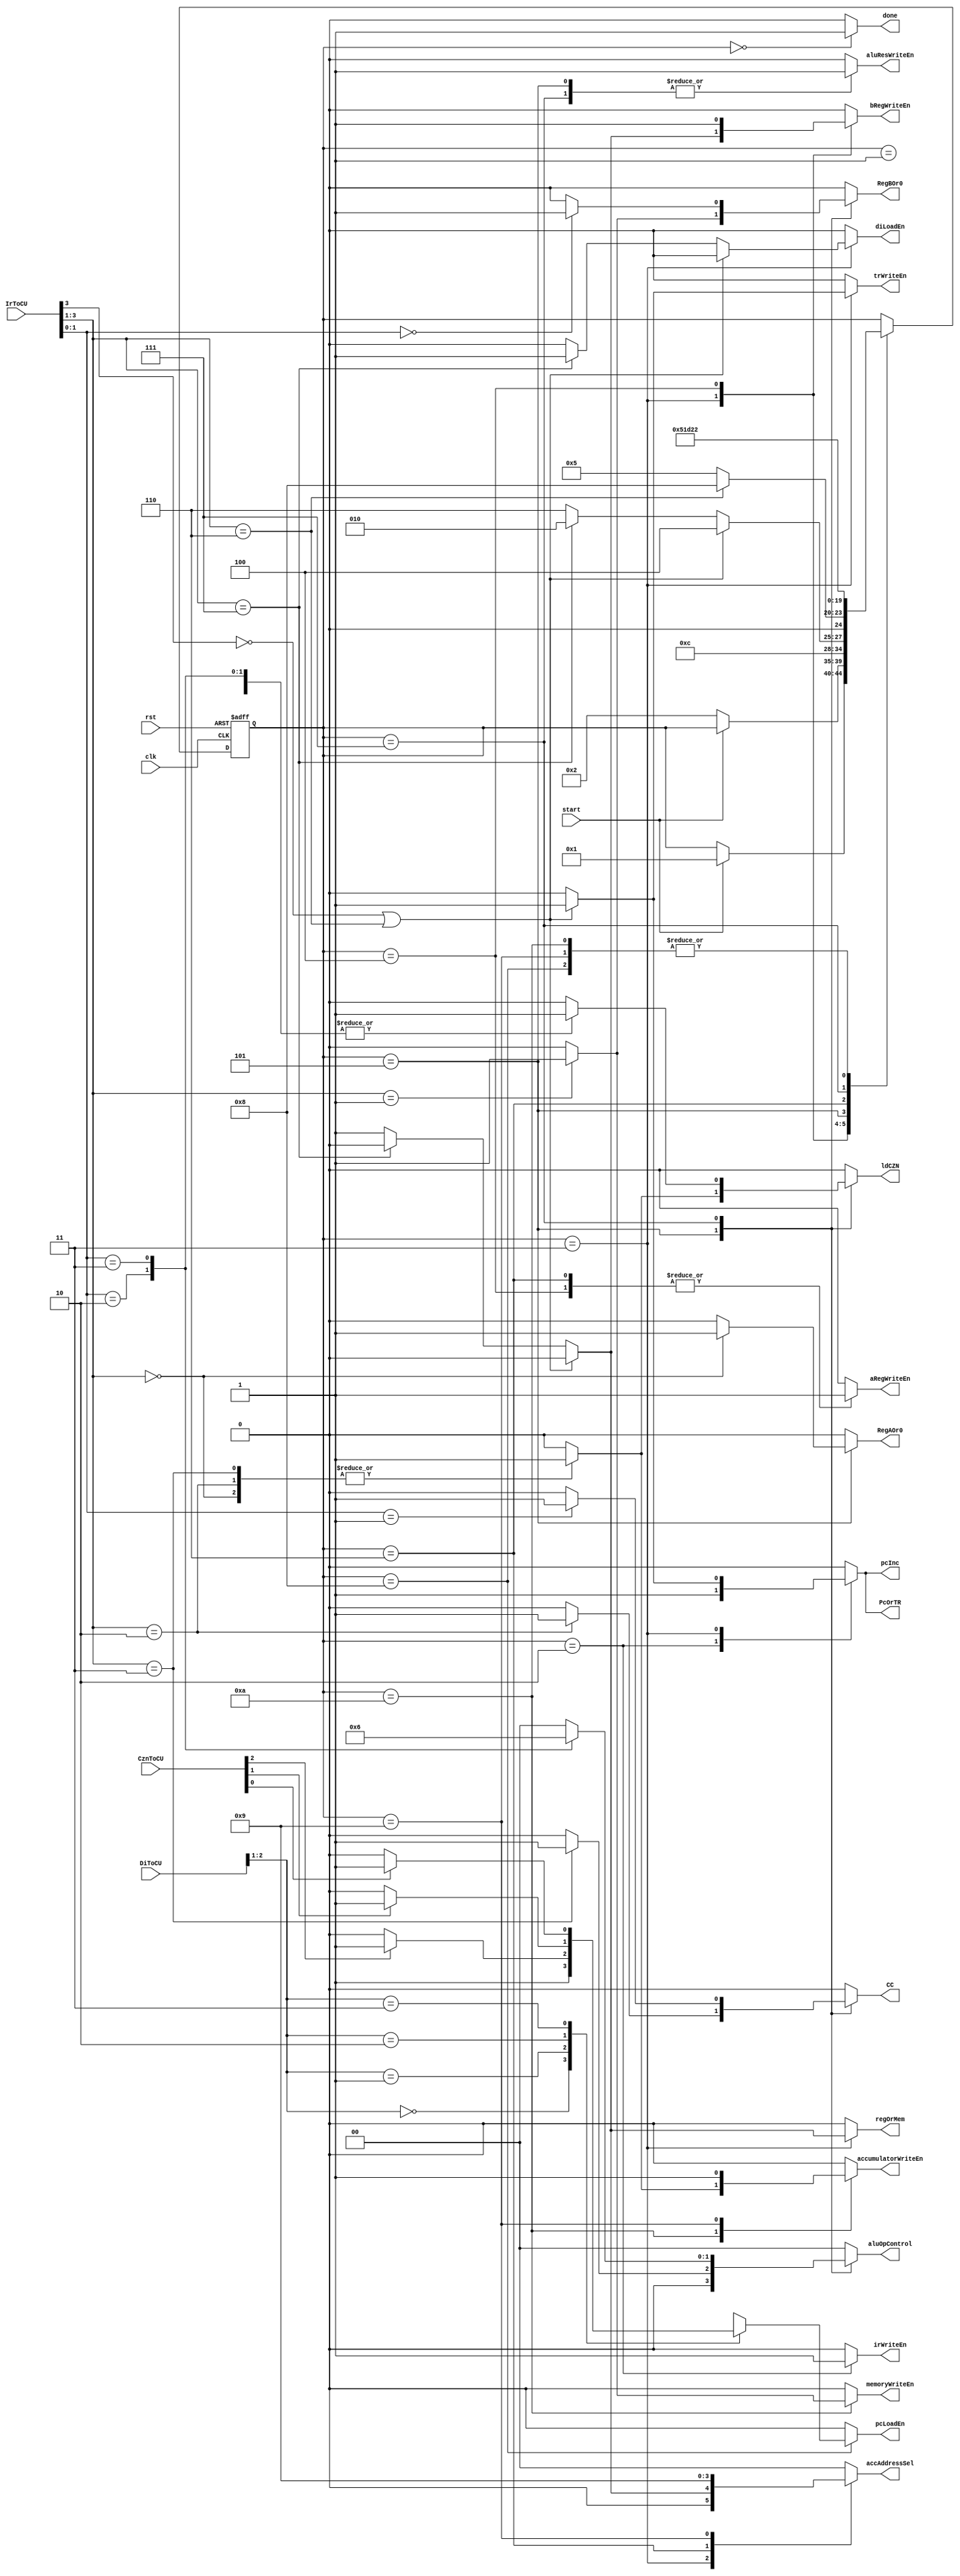
module Controller (clk, rst, start, pcInc, done, accAddressSel, PcOrTR, regOrMem, RegBOr0, RegAOr0, DiToCU, IrToCU,
    CznToCU, pcLoadEn, diLoadEn, accumulatorWriteEn, memoryWriteEn,
    irWriteEn, trWriteEn, bRegWriteEn, aRegWriteEn, aluOpControl, aluResWriteEn, ldCZN, CC);

    input [4:0] DiToCU;
    input [3:0] IrToCU;
    input [2:0] CznToCU;
    input clk, rst, start;
    output reg done, pcInc, PcOrTR, regOrMem, RegBOr0, RegAOr0, pcLoadEn, diLoadEn, accumulatorWriteEn,
      memoryWriteEn, irWriteEn, trWriteEn, bRegWriteEn, aRegWriteEn, aluResWriteEn, ldCZN , CC;
    output reg [1:0] aluOpControl, accAddressSel;

    reg[4:0] ps, ns;
    parameter[4:0]  IDLE = 0, START = 1, FETCH = 2, FETCH16ORNOT = 3,
      LDADDNACC = 4, CALC16 = 5, LDACC = 6, CALC = 7, LDADDINPC = 8, WRINACC = 9, WRRESINACCORMEM = 10;
    always @ ( ps, start, DiToCU, IrToCU, CznToCU ) begin
      ns <= ps;
      case(ps)
        IDLE: ns <= (start) ? START : ps;
        START: ns <= (!start) ? FETCH : ps;
        FETCH: ns <= FETCH16ORNOT;
        FETCH16ORNOT: begin
            if ((IrToCU[3] == 1'b0) | (IrToCU[3:1] == 3'b110)) begin
              ns <= LDADDNACC;
            end
            else if (IrToCU[3:1] == 3'b111) begin
              ns <= FETCH;
            end
            else begin
              ns <= LDACC;
            end
          end
        LDADDNACC: begin
            if (IrToCU[3:1] == 3'b110) begin
              ns <= LDADDINPC;
            end
            else begin
              ns <= CALC16;
            end
          end
        CALC16: ns <= WRRESINACCORMEM;
        WRRESINACCORMEM: ns <= FETCH;
        LDACC: ns <= CALC;
        CALC: ns <= WRINACC;
        LDADDINPC: ns <= FETCH;
        WRINACC: ns <= FETCH;
      endcase
    end

    always @ ( ps, start, DiToCU, IrToCU, CznToCU ) begin
    done <= 0; pcInc <= 0; PcOrTR <= 0; regOrMem <= 0;
    RegBOr0 <= 0; RegAOr0 <= 0;
    pcLoadEn <= 0; diLoadEn <= 0; accumulatorWriteEn <= 0;
    memoryWriteEn <= 0; irWriteEn <= 0; trWriteEn <= 0;
    bRegWriteEn <= 0; aRegWriteEn <= 0; aluResWriteEn <= 0;
    ldCZN <= 0; CC<=0;
    aluOpControl <= 2'b00; accAddressSel <= 2'b00;
    case (ps)
      IDLE: done <= 1;
      FETCH: begin PcOrTR <= 1; irWriteEn <= 1; pcInc <= 1; end
      FETCH16ORNOT: begin
          if((IrToCU[3] == 1'b0) | (IrToCU[3:1] == 3'b110)) begin
            trWriteEn <= 1; PcOrTR <= 1; pcInc <= 1;
          end
          else if (IrToCU[3:1] == 3'b111) begin
            diLoadEn <= 1;
          end
          else begin
            accAddressSel <= 2'b01; regOrMem <= 1; bRegWriteEn <= 1;
          end
        end
      LDACC: begin accAddressSel <= 2'b10; aRegWriteEn <= 1; end
      LDADDNACC: begin bRegWriteEn <= 1; aRegWriteEn <= 1; accAddressSel <= 2'b00; end
      CALC16: begin
          aluResWriteEn <= 1;
          case (IrToCU[3:1])
            3'b000: begin ldCZN <= 1; RegAOr0 <= 1; end
            3'b001: begin RegBOr0 <= 1; end
            3'b010: begin ldCZN <= 1; CC<=1; end
            3'b011: begin ldCZN <= 1; aluOpControl <= 2'b01; end
          endcase
        end
      WRRESINACCORMEM: begin
          case (IrToCU[3:1])
            3'b000: begin accumulatorWriteEn <= 1; end
            3'b001: begin memoryWriteEn <= 1; end
            3'b010: begin accumulatorWriteEn <= 1;  end
            3'b011: begin accumulatorWriteEn <= 1;  end
          endcase
        end
      CALC: begin
          aluResWriteEn <= 1;
          case (IrToCU[1:0])
            2'b00: begin RegBOr0 <= 1; end
            2'b01: begin ldCZN <= 1; CC<=1; end
            2'b10: begin ldCZN <= 1; aluOpControl <= 2'b01; end
            2'b11: begin ldCZN <= 1; aluOpControl <= 2'b10; end
          endcase
        end
      LDADDINPC: begin
          case (DiToCU[2:1])
            2'b00: pcLoadEn <= 1;
            2'b01: pcLoadEn <= CznToCU[2] == 1 ? 1 : 0;
            2'b10: pcLoadEn <= CznToCU[1] == 1 ? 1 : 0;
            2'b11: pcLoadEn <= CznToCU[0] == 1 ? 1 : 0;
          endcase
        end
      WRINACC: begin accAddressSel <= 2'b01; accumulatorWriteEn <= 1; end

    endcase
    end

    always @ ( posedge clk, posedge rst ) begin
      if (rst) begin
        ps <= IDLE;
      end
      else begin
        ps <= ns;
      end
    end
endmodule // Controller